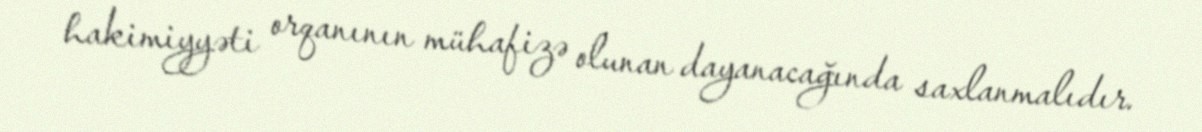
hakimiyyəti orqanının mühafizə olunan dayanacağında saxlanmalıdır.